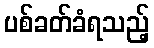
ပစ်ခတ်ခံရသည့်